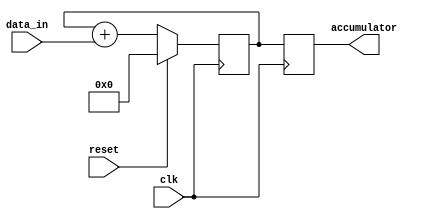
module accumulator(
    input clk,
    input reset,
    input signed [31:0] data_in,
    output reg signed [31:0] accumulator
);

reg [31:0] counter; 

always @(posedge clk) begin
    if(reset)
        counter <= 0;
    else
        counter <= counter + data_in;
end

always @(posedge clk) begin
    accumulator <= counter;
end

endmodule